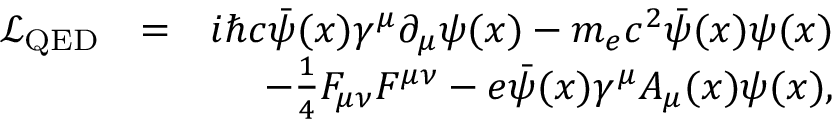
\begin{array} { r } { \begin{array} { r l r } { \mathcal { L } _ { \mathrm { Q E D } } } & { = } & { i \hbar c \bar { \psi } ( x ) \gamma ^ { \mu } \partial _ { \mu } \psi ( x ) - m _ { e } c ^ { 2 } \bar { \psi } ( x ) \psi ( x ) } \\ & { } & { - \frac { 1 } { 4 } F _ { \mu \nu } F ^ { \mu \nu } - e \bar { \psi } ( x ) \gamma ^ { \mu } A _ { \mu } ( x ) \psi ( x ) , } \end{array} } \end{array}